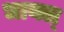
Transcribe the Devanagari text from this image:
धायल्